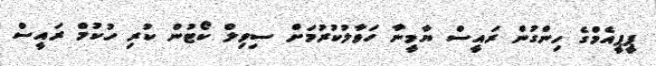
ޕީޕީއެމްގެ ހިންގުން ރައީސް ޔާމީނާ ހަވާލުކުރުމަށް ސިވިލް ކޯޓުން ކުރި ހުކުމް ރައީސް